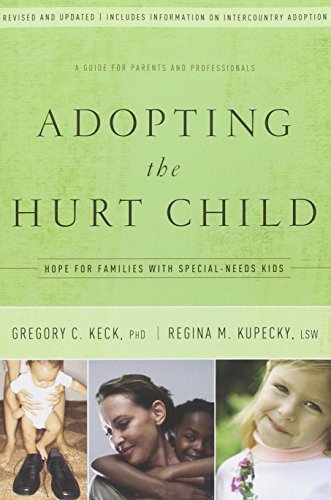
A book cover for Adopting the Hurt Child: Hope for Families with Special-Needs Kids - A Guide for Parents and Professionals; Gregory Keck; Parenting & Relationships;